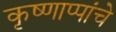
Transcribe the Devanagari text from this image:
कृष्णाप्पांचे